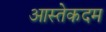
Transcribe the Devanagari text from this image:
आस्तेकदम